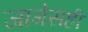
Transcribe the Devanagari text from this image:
जागेसही